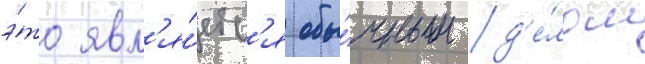
э́то явл'я́етс'я обы́чным д'е́лом